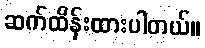
ဆက်ထိန်းထားပါတယ်။